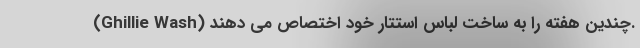
(Ghillie Wash) چندین هفته را به ساخت لباس استتار خود اختصاص می دهند.